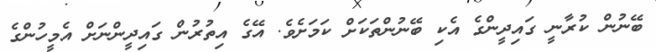
ބޭނުން ކުރާނީ ގައިދީންގެ އެކި ބޭނުންތަކަށް ކަމަށެވެ. އޭގެ އިތުރުން ގައިދީންނަށް އެމީހުންގެ